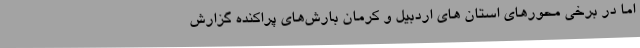
اما در برخی محورهای استان های اردبیل و کرمان بارش‌های پراکنده گزارش